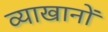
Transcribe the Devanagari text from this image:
व्याखानों